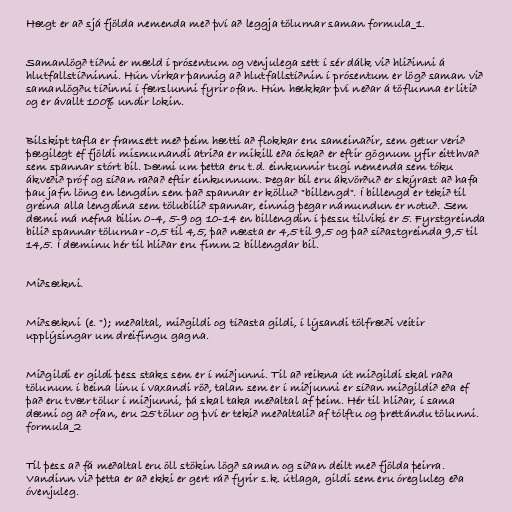
Hægt er að sjá fjölda nemenda með því að leggja tölurnar saman formula_1.

Samanlögð tíðni er mæld í prósentum og venjulega sett í sér dálk við hliðinni á
hlutfallstíðninni. Hún virkar þannig að hlutfallstíðnin í prósentum er lögð saman við
samanlögðu tíðinni í færslunni fyrir ofan. Hún hækkar því neðar á töflunna er litið
og er ávallt 100% undir lokin.

Bilskipt tafla er framsett með þeim hætti að flokkar eru sameinaðir, sem getur verið
þægilegt ef fjöldi mismunandi atriða er mikill eða óskað er eftir gögnum yfir eitthvað
sem spannar stórt bil. Dæmi um þetta eru t.d. einkunnir tugi nemenda sem tóku
ákveðið próf og síðan raðað eftir einkunnum. Þegar bil eru ákvörðuð er skýrast að hafa
þau jafn löng en lengdin sem það spannar er kölluð "billengd". Í billengd er tekið til
greina alla lengdina sem tölubilið spannar, einnig þegar námundun er notuð. Sem
dæmi má nefna bilin 0-4, 5-9 og 10-14 en billengdin í þessu tilviki er 5. Fyrstgreinda
bilið spannar tölurnar -0,5 til 4,5, það næsta er 4,5 til 9,5 og það síðastgreinda 9,5 til
14,5. Í dæminu hér til hliðar eru fimm 2 billengdar bil.

Miðsækni.

Miðsækni (e. "); meðaltal, miðgildi og tíðasta gildi, í lýsandi tölfræði veitir
upplýsingar um dreifingu gagna.

Miðgildi er gildi þess staks sem er í miðjunni. Til að reikna út miðgildi skal raða
tölunum í beina línu í vaxandi röð, talan sem er í miðjunni er síðan miðgildið eða ef
það eru tvær tölur í miðjunni, þá skal taka meðaltal af þeim. Hér til hliðar, í sama
dæmi og að ofan, eru 25 tölur og því er tekið meðaltalið af tólftu og þrettándu tölunni.
formula_2

Til þess að fá meðaltal eru öll stökin lögð saman og síðan deilt með fjölda þeirra.
Vandinn við þetta er að ekki er gert ráð fyrir s.k. útlaga, gildi sem eru óregluleg eða
óvenjuleg.